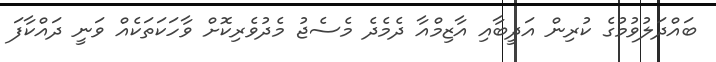
ބައްދަލުވުމުގެ ކުރިން އަދީބާއި އާޒިމްއާ ދެމެދެ މެސެޖު މެދުވެރިކޮށް ވާހަކަތަކެއް ވަނީ ދައްކާފަ